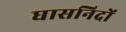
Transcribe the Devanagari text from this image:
घासनिदों